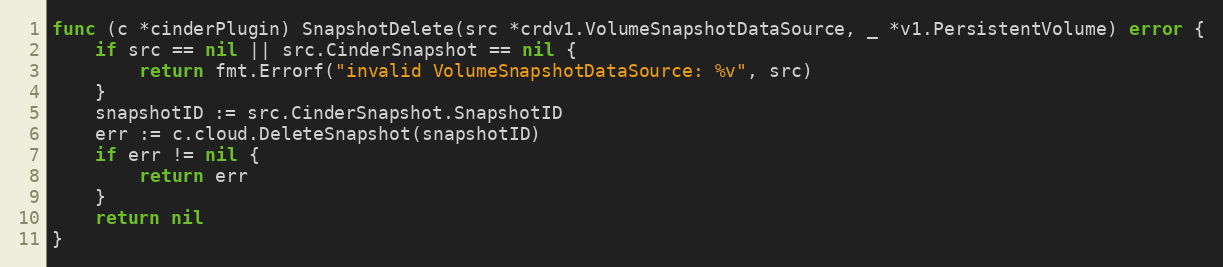
Language: Go
func (c *cinderPlugin) SnapshotDelete(src *crdv1.VolumeSnapshotDataSource, _ *v1.PersistentVolume) error {
	if src == nil || src.CinderSnapshot == nil {
		return fmt.Errorf("invalid VolumeSnapshotDataSource: %v", src)
	}
	snapshotID := src.CinderSnapshot.SnapshotID
	err := c.cloud.DeleteSnapshot(snapshotID)
	if err != nil {
		return err
	}
	return nil
}